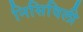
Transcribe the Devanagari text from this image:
निसिविली